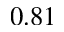
0 . 8 1